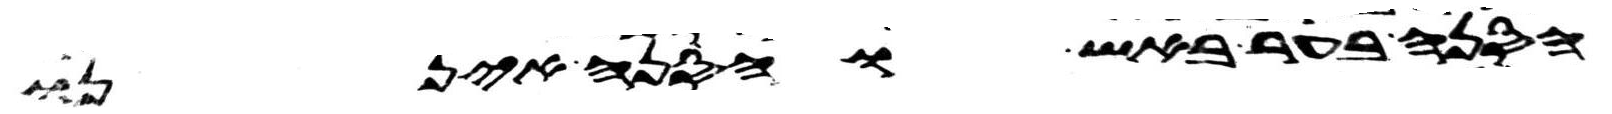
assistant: הסנה בער באש והסנה איננו